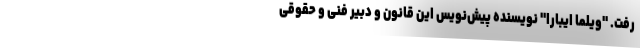
رفت. "ویلما ایبارا" نویسنده پیش‌نویس این قانون و دبیر فنی و حقوقی